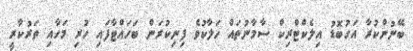
ބޭނުންކުރާ އަގުބޮޑު އިލެކްޓްރިކް ސާމާނުތައް ހަލާކުވެ ފިނިކުރަން ބަހައްޓާފައި ހުރި މަހާއި ތަރުކާރީ